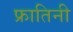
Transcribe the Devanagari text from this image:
फ्रातिनी